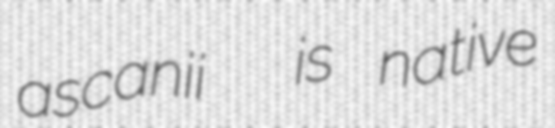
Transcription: ascanii  is native